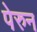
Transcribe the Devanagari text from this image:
पेरुन